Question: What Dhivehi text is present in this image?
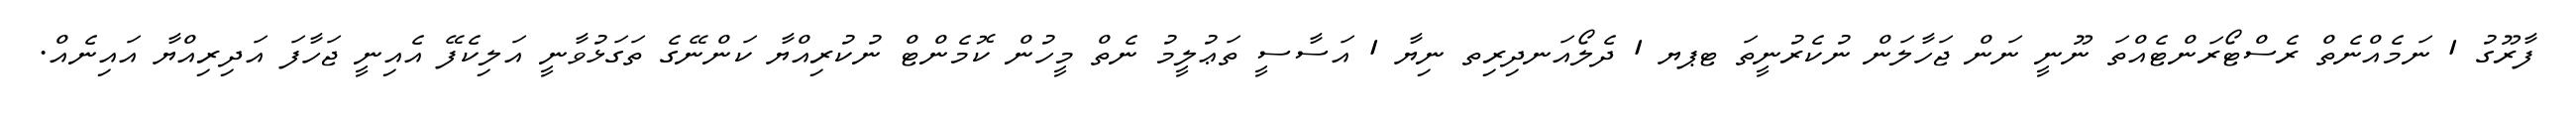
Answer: ފާރޫގު 1 ނަމެއްނެތް ރެސްޓޯރަންޓެއްތަ ނޫނީ ނަން ޖަހާލަން ނުކެރުނީތަ ޓޕޔ 1 ދެލޯއަނދިރިތ ނިޔާ 1 އަސާސީ ތަޢުލީމު ނެތް މީހުން ކޮމެންޓް ނުކުރިއްޔާ ކަންނޭގެ ތަގަޅުވާނީ އަލިކެފޭ އެއިނީ ޖަހާފަ އަދިރިއްޔާ އައިނެއް.